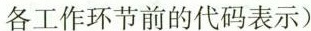
各工作环节前的代码表示)